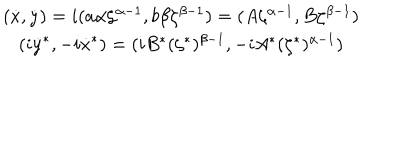
LaTeX: \begin{array} { c } { { ( \dot { x } , \dot { y } ) = i ( a \alpha \zeta ^ { \alpha - 1 } , b \beta \zeta ^ { \beta - 1 } ) = ( A \zeta ^ { \alpha - 1 } , B \zeta ^ { \beta - 1 } ) } } \\ { { ( i \dot { y } ^ { * } , - i \dot { x } ^ { * } ) = ( i B ^ { * } ( \zeta ^ { * } ) ^ { \beta - 1 } , - i A ^ { * } ( \zeta ^ { * } ) ^ { \alpha - 1 } ) } } \\ \end{array}